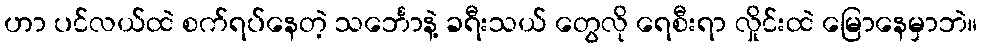
ဟာ ပင်လယ်ထဲ စက်ရပ်နေတဲ့ သင်္ဘောနဲ့ ခရီးသယ် တွေလို ရေစီးရာ လှိုင်းထဲ မြောနေမှာဘဲ။